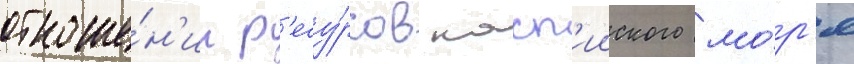
отноше́н'ии р'есу́рсов касп'ииского мо́р'я